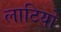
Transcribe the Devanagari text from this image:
लाटियो